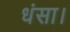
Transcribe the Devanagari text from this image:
धंसा।